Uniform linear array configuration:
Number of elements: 8
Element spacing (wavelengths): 0.25
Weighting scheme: blackman
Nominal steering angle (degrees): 15
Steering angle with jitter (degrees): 16.527
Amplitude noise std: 0.05
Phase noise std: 0.05

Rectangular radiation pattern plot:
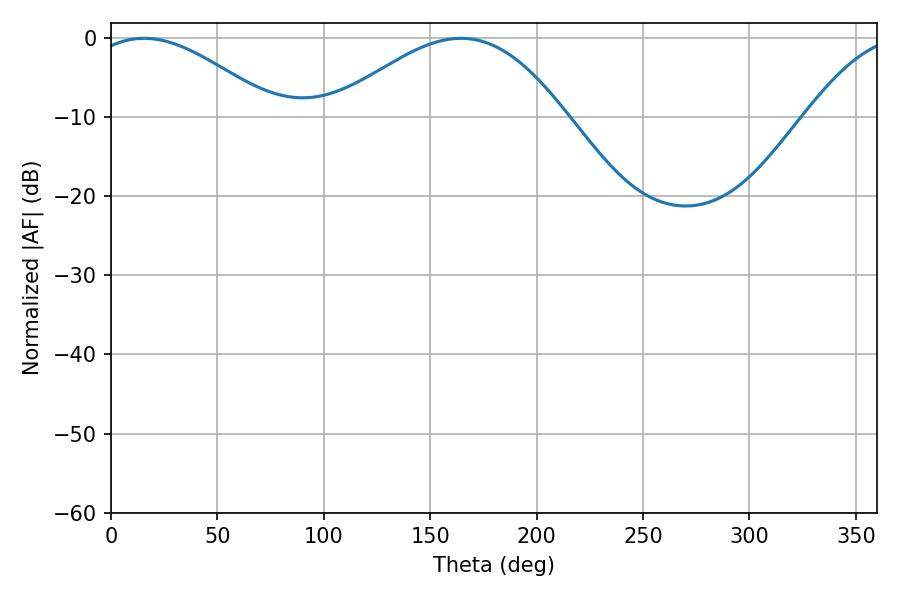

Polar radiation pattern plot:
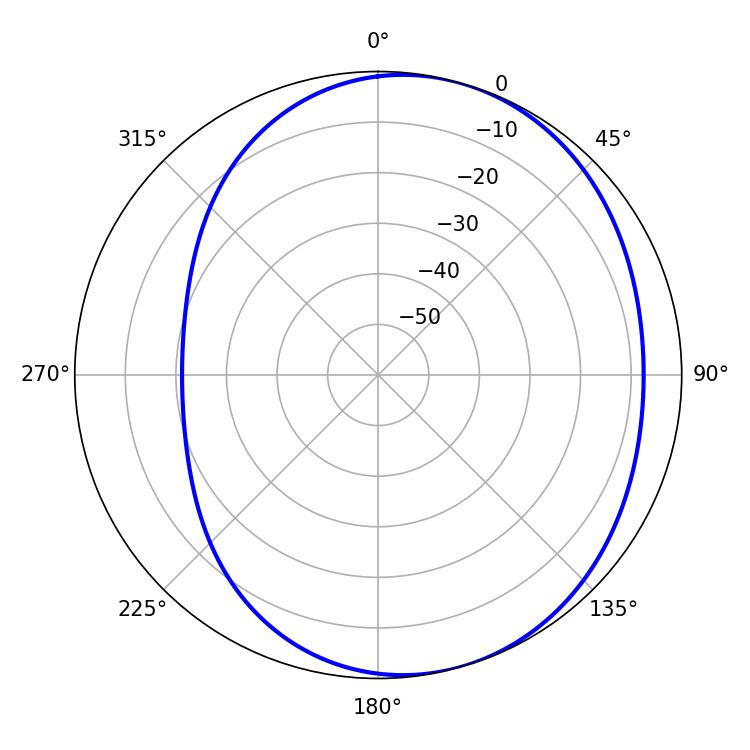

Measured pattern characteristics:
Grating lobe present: FALSE
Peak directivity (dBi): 4.4
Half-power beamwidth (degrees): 47.52
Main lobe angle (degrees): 15.48